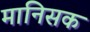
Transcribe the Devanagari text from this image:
मानिसक